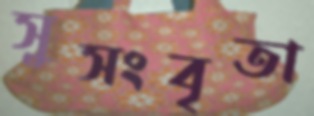
সুসংবৃতা